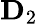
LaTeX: \mathbf{D}_{2}